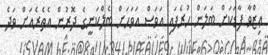
ޢިޒްވާ ފާޑަކަށް ބަލަން ހުރެފައި އަވަސް އަވަހަށް ބެލްކަނީގެ ދޮރުން އެތެރެއަށް ވަދެ